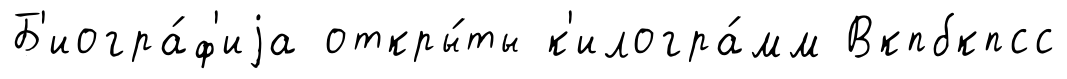
Б'иогра́ф'иjа откры́ты к'илогра́мм Вкпбкпсс